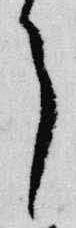
了